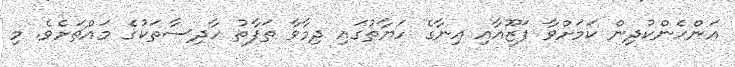
އަންހެންކުދިން ކަމަށްވާ ފަޒޫއާއި އިނާގެ ހަޔާތުގައި ދިމާވާ ތަފާތު ހާދިސާތަކުގެ މައްޗަށެވެ. މި